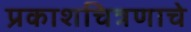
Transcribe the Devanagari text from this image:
प्रकाशचित्रणाचे